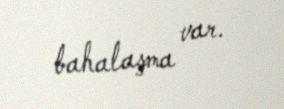
bahalaşma var.